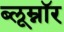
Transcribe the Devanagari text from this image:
ब्लूम्नॉर